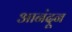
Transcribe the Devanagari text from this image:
आनंदून